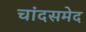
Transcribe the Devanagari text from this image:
चांदसमेद